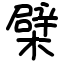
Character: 檗